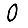
Digit: 0